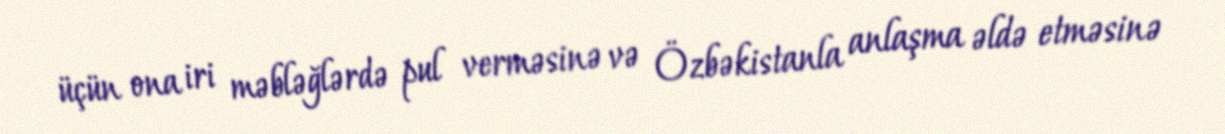
üçün ona iri məbləğlərdə pul verməsinə və Özbəkistanla anlaşma əldə etməsinə